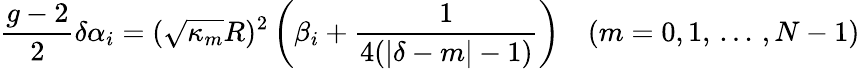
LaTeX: {\frac{g-2}{2}}\delta\alpha_{i}=(\sqrt{\kappa_{m}}R)^{2}\left(\beta_{i}+{\frac{1}{4(|\delta-m|-1)}}\right)\quad(m=0,1,\, ...\, ,N-1)\,